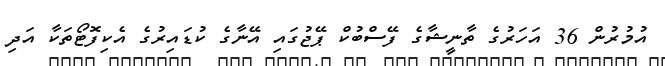
އުމުރުން 36 އަހަރުގެ ތާނީޝާގެ ފޭސްބުކް ޕޭޖުގައި އޭނާގެ ކުޑައިރުގެ އެކިފޮޓޯތަކާ އަދި